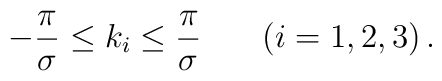
-{\pi \over \sigma} \leq k_{i} \leq {\pi \over \sigma}\;\;\;\;\;\;\left(i=1,2,3\right).